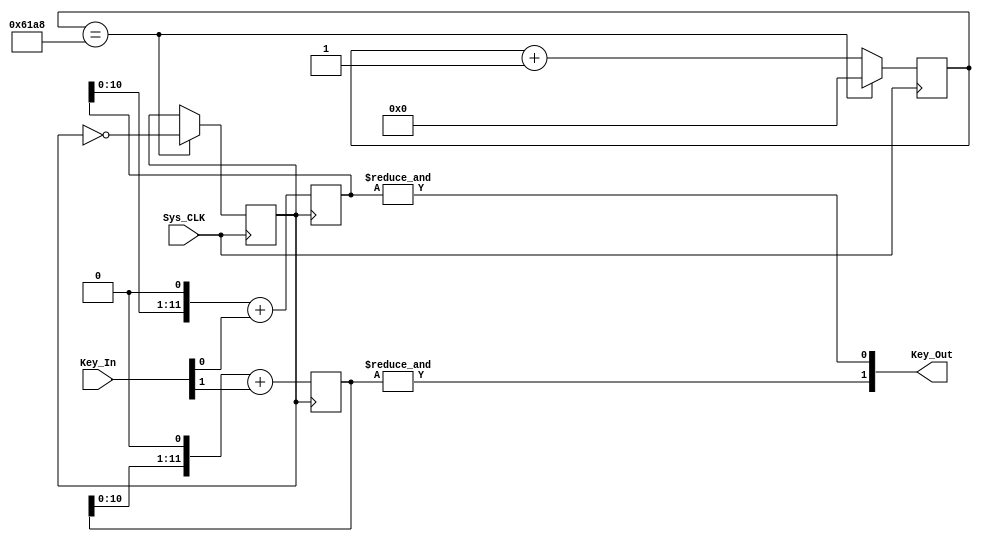
module Key(Sys_CLK,Key_In,Key_Out);

input Sys_CLK;
input [1:0]Key_In;
output [1:0]Key_Out;

reg [15:0]Div_Cnt;
reg Div_CLK;

reg [11:0]Key_Temp[1:0];

initial
begin
	Div_CLK = 1'd0;
	Div_Cnt = 16'd0;
end

always@(posedge Sys_CLK)
begin
	if(Div_Cnt == 16'd25000)
	begin
		Div_Cnt = 16'd0;
		Div_CLK = ~Div_CLK;
	end
	else
		Div_Cnt = Div_Cnt + 1'd1;
end

always@(posedge Div_CLK)
begin
	Key_Temp[0] <= (Key_Temp[0] << 1) + Key_In[0];
	Key_Temp[1] <= (Key_Temp[1] << 1) + Key_In[1];
end

assign Key_Out[0] = &Key_Temp[0];
assign Key_Out[1] = &Key_Temp[1];

endmodule